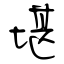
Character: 堪